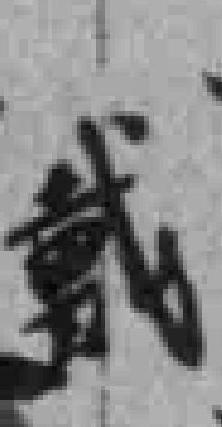
戴